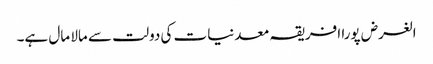
الغرض پورا افریقہ معدنیات کی دولت سے مالا مال ہے۔